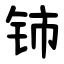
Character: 铈